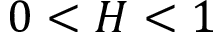
0 < H < 1